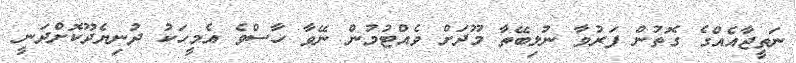
ނަތީޖާއެއްގެ ގޮތުން ފަރުވާ ނުލިބޭތާ މޫދަށް ވެއްޓުމުން ނޭވާ ހާސްވެ އެމީހަކު ދުނިޔެދޫކޮށްދަނީ